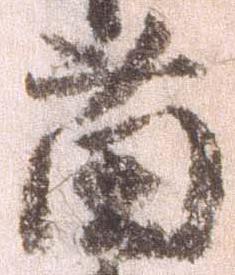
苗